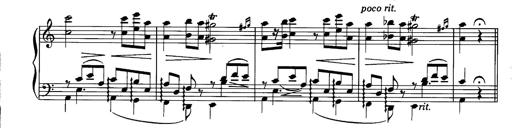
Title: La romanesca
Composer: Franz Liszt